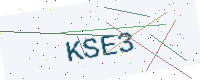
Text: KSE3